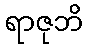
ရာဇုဘိ